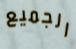
الجميع